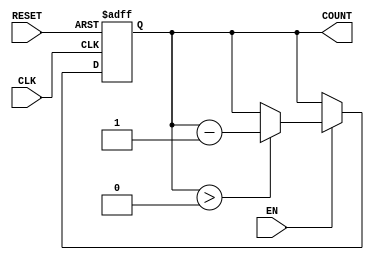
module decremental_counter (
    input wire CLK,       // Clock signal
    input wire RESET,     // Asynchronous reset signal
    input wire EN,        // Enable signal
    output reg [3:0] COUNT // 4-bit output for the current count
);

// Initial value for the counter (you can change this as needed)
parameter INITIAL_VALUE = 15; // Example initial value

// Always block to handle counter operation
always @(posedge CLK or posedge RESET) begin
    if (RESET) begin
        // On reset, set the counter to the initial value
        COUNT <= INITIAL_VALUE;
    end else if (EN) begin
        // Decrement the counter if EN is high and COUNT is not zero
        if (COUNT > 0) begin
            COUNT <= COUNT - 1;
        end
        // If COUNT is already zero, it holds its value
    end
    // If EN is low, the counter retains its current value
end

// Initialize the COUNT register
initial begin
    COUNT = INITIAL_VALUE; // Set to initial value on power-up
end

endmodule